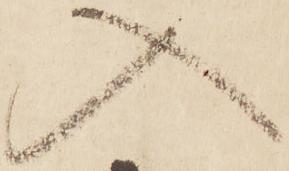
入